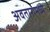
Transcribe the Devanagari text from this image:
अवतारामध्ये